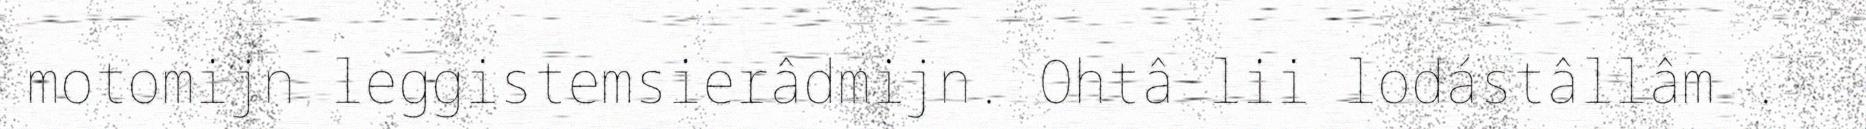
motomijn leggistemsierâdmijn. Ohtâ lii lodástâllâm .